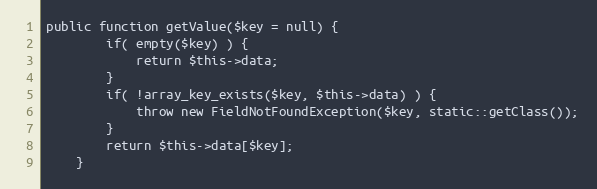
Language: PHP
public function getValue($key = null) {
		if( empty($key) ) {
			return $this->data;
		}
		if( !array_key_exists($key, $this->data) ) {
			throw new FieldNotFoundException($key, static::getClass());
		}
		return $this->data[$key];
	}